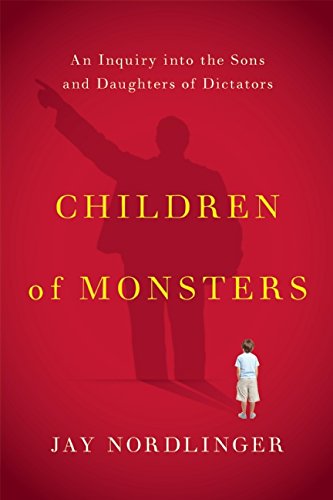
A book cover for Children of Monsters: An Inquiry into the Sons and Daughters of Dictators; Jay Nordlinger; History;